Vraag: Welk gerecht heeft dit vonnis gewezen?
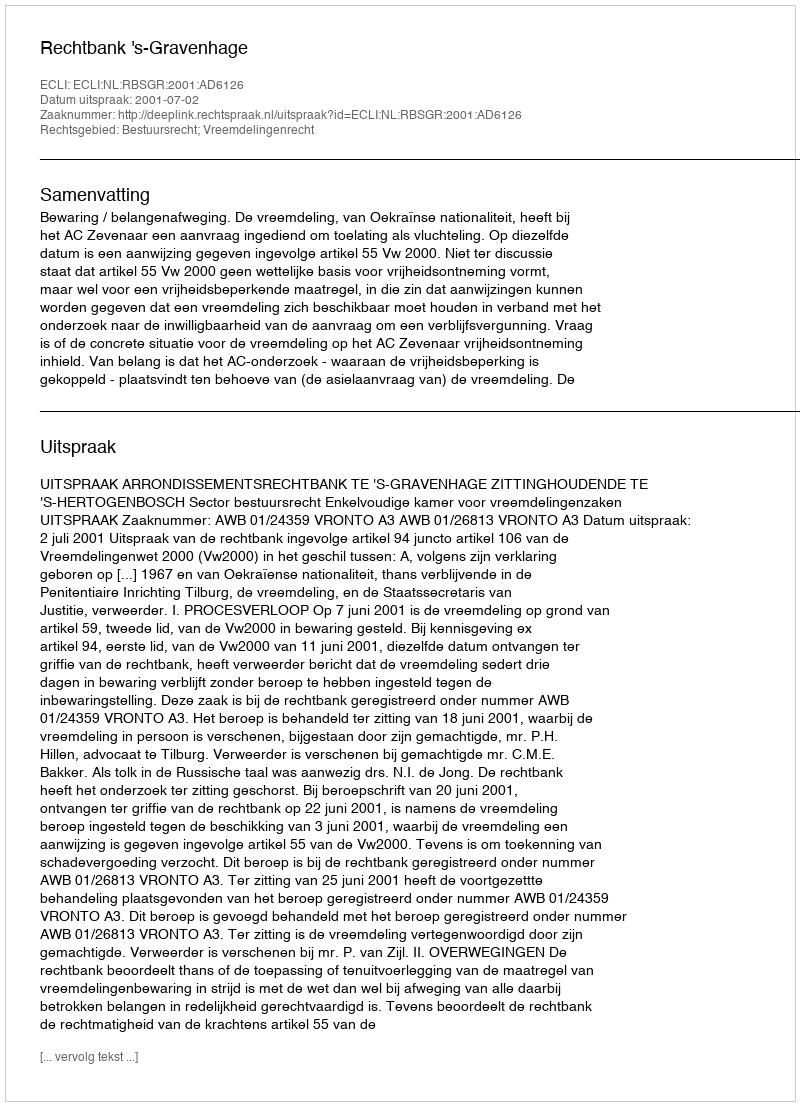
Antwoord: Rechtbank 's-Gravenhage